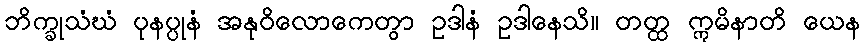
ဘိက္ခုသံဃံ ပုနပ္ပုနံ အနုဝိလောကေတွာ ဥဒါနံ ဥဒါနေသိ။ တတ္ထ ဣမိနာတိ ယေန